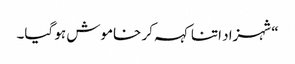
“شہزاد اتنا کہہ کر خاموش ہو گیا۔